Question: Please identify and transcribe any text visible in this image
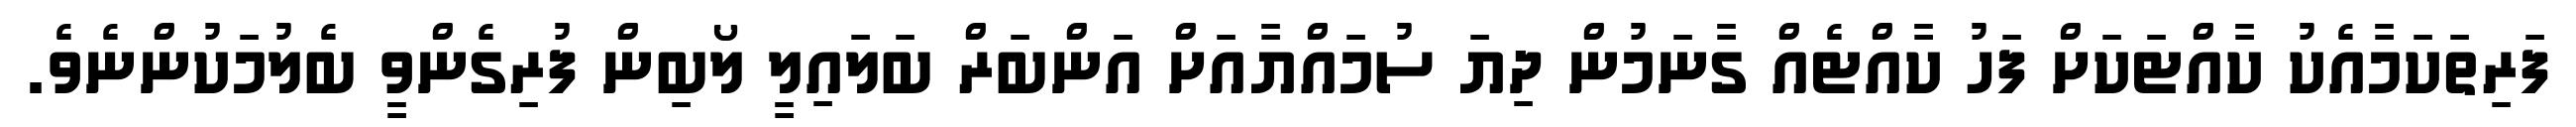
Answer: ފަރިތަކަމާއެކު ކާއްޓަކަށް ފަހު ކާއްޓެއް ގާނަމުން ދިޔަ ސުމައްޔާއަށް އަންބަރް ބަލައިލީ ލޯބިން ފުރިގެންވީ ބެލުމަކުންނެވެ.